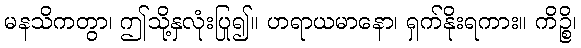
မနသိကတွာ၊ ဤသို့နှလုံးပြု၍။ ဟရာယမာနော၊ ရှက်နိုးရကား။ ကိဉ္စိ၊